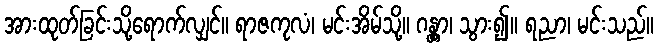
အားထုတ်ခြင်းသို့ရောက်လျှင်။ ရာဇကုလံ၊ မင်းအိမ်သို့။ ဂန္တွာ၊ သွား၍။ ရညာ၊ မင်းသည်။